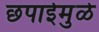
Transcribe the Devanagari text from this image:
छपाईमुळे